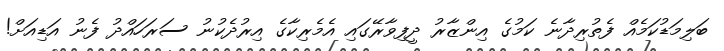
ބަލިމަޑުކަމެއް ފެތުރިދާނެ ކަމުގެ އިންޒާރު ދީފިވާރޭގައި އެމެރިކާގެ އިރުދެކުނު ސަރަހައްދު ފެނު އަޑިއަށް!